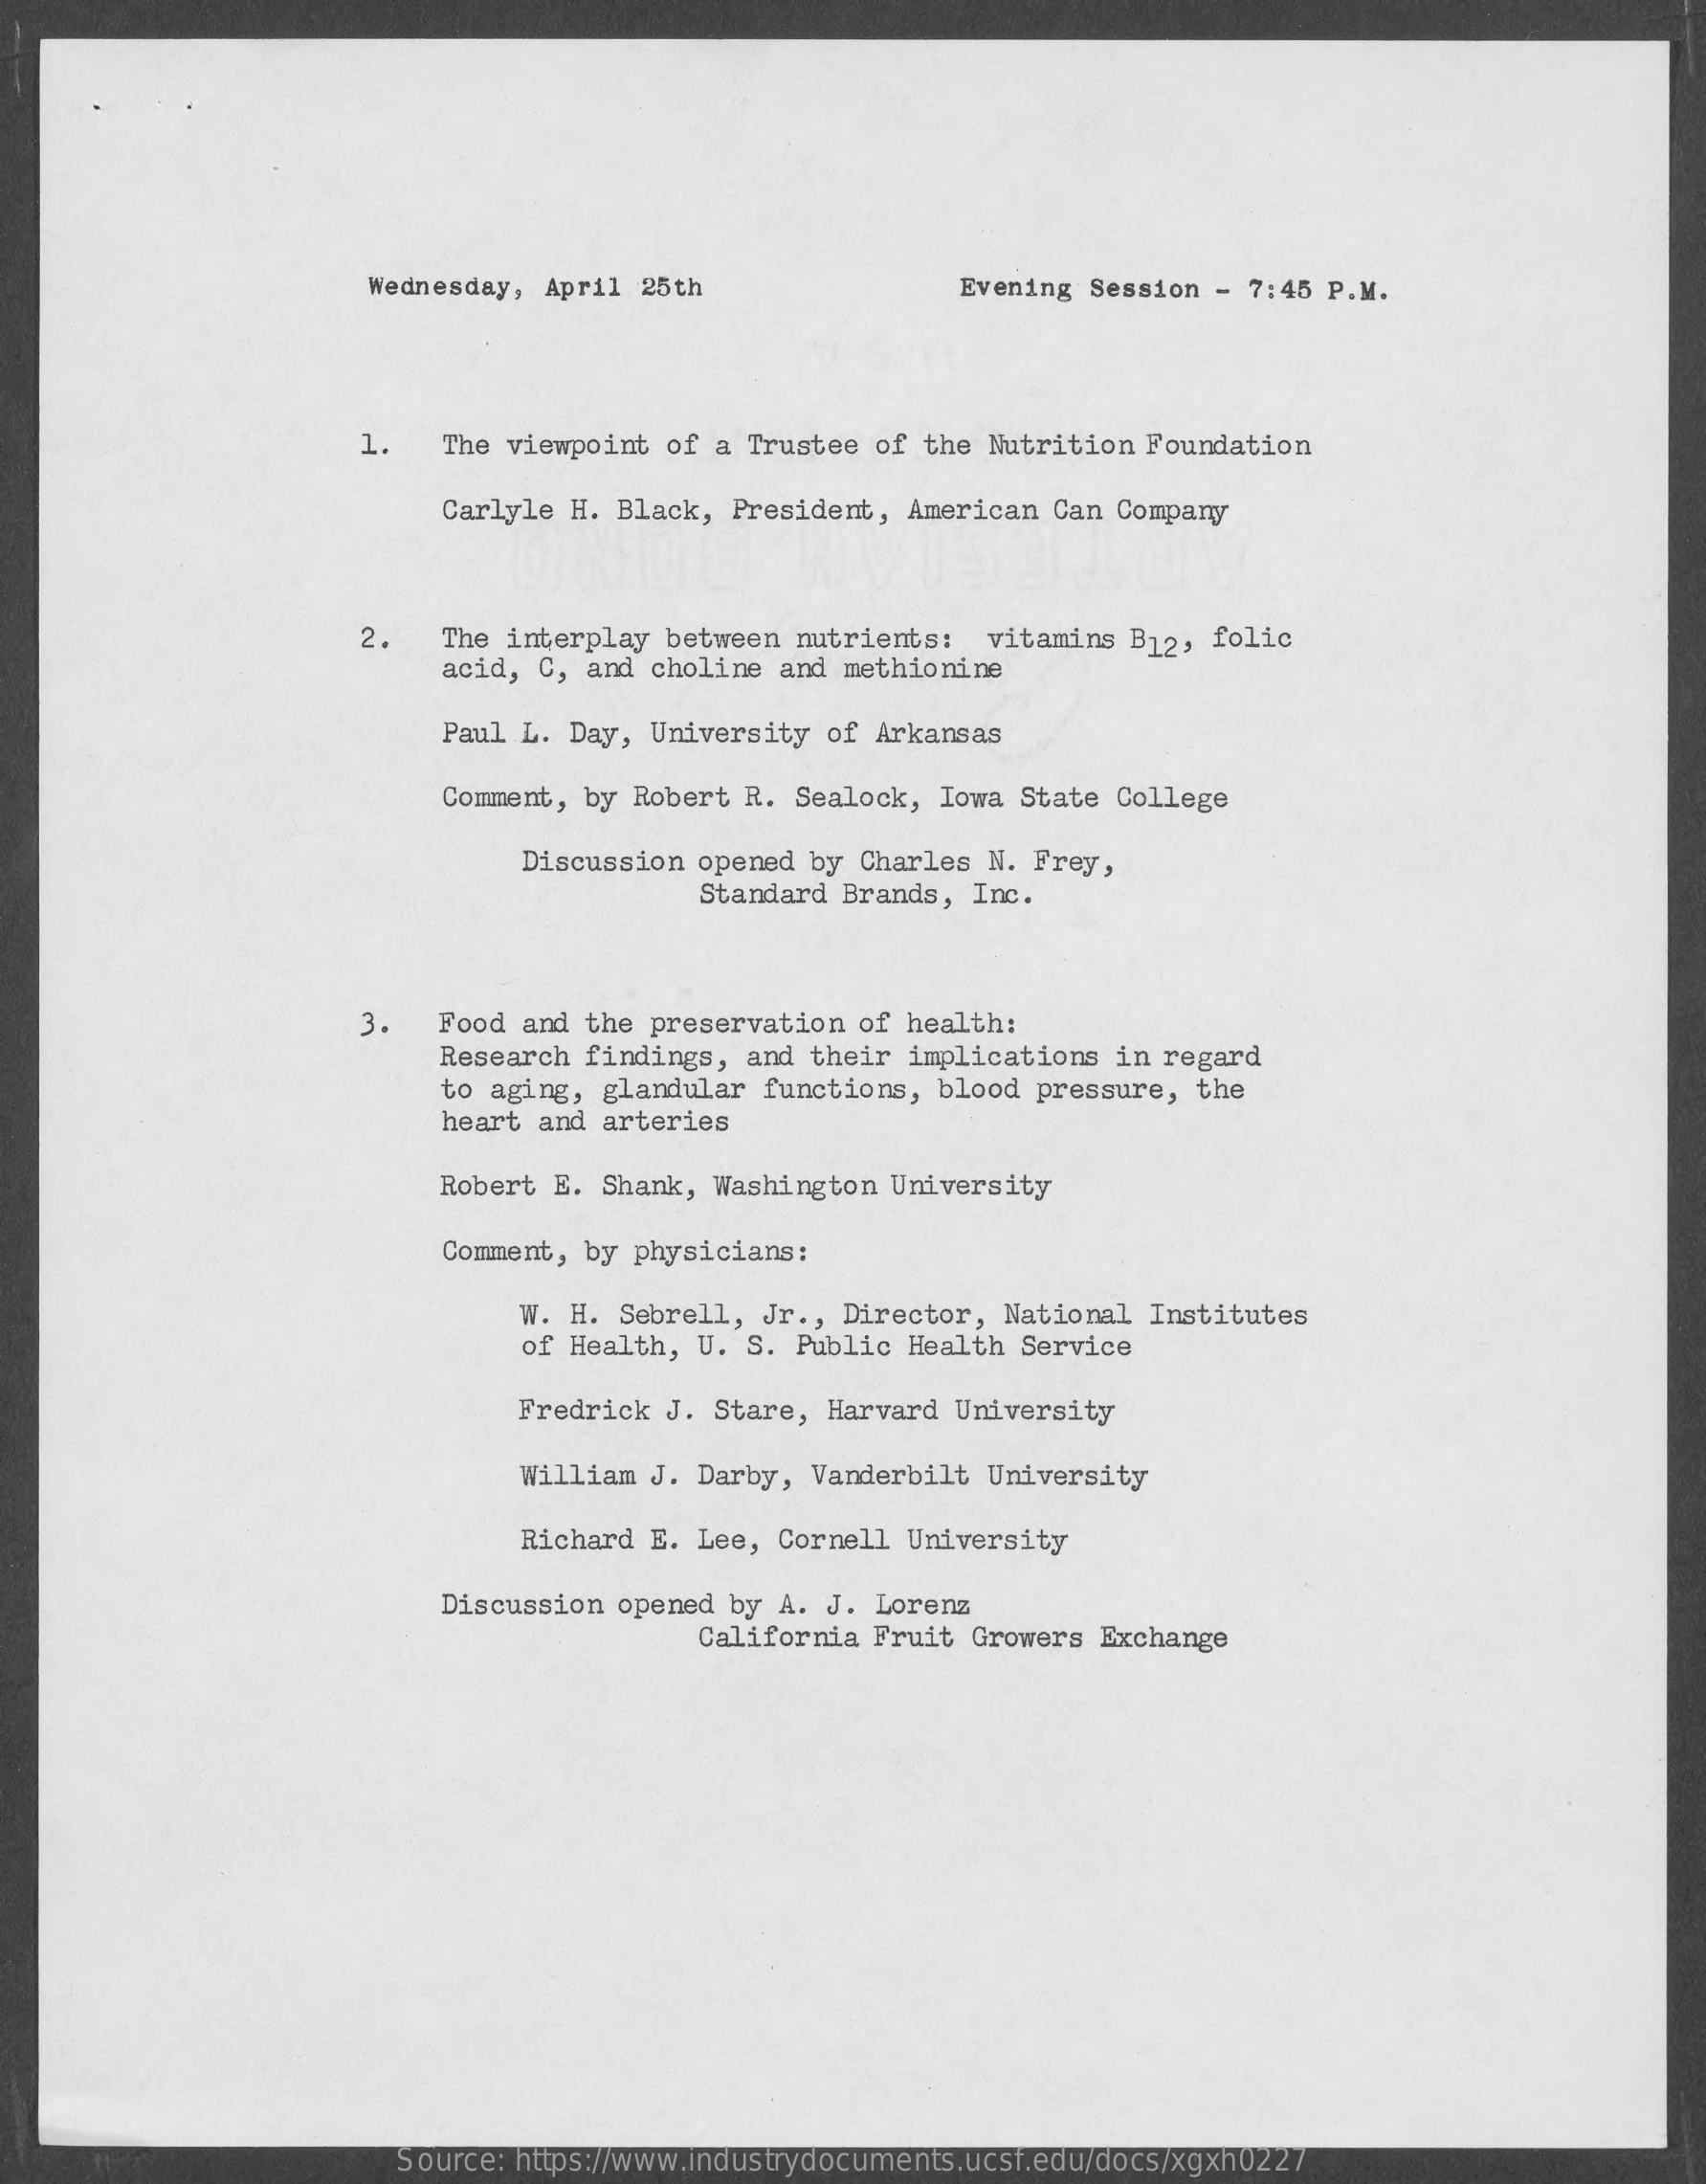
Wednesday, April  25th    Evening  Session - 7:45 P.M.
     1.    The viewpoint of a Trustee  of the Nutrition Foundation
     Carlyle H. Black, President,  American Can Company
     2.    The interplay between  nutrients:  vitamins B12, folic
     acid, C, and choline  and methionine
     Paul L. Day, University  of Arkansas
     Comment, by Robert R.  Sealock, Iowa State College
     Discussion opened by  Charles N. Frey,
     Standard  Brands, Inc.
     3.   Food  and the preservation  of health:
     Research findings, and  their implications in regard
     to aging, glandular functions,  blood pressure,  the
     heart and arteries
     Robert E. Shank, Washington  University
     Comment, by physicians:
     W. H. Sebrell, Jr ., Director, National Institutes
     of Health, U. S.  Public Health Service
     Fredrick J. Stare, Harvard  University
     William J. Darby,  Vanderbilt University
     Richard E. Lee, Cornell  University
     Discussion opened by A. J. Lorenz
     California Fruit  Growers Exchange
     Source: https://www.industrydocuments.ucsf.edu/docs/xgxh0227